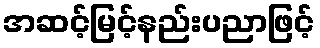
အဆင့်မြင့်နည်းပညာဖြင့်